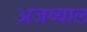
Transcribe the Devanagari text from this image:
अजव्याल